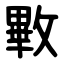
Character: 㪤